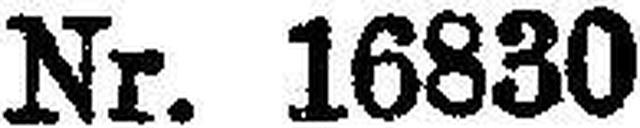
Nr. 16830